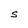
Character: S